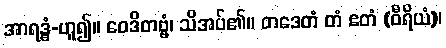
အာရဒ္ဓံ-ဟူ၍။ ဝေဒိတဗ္ဗံ၊ သိအပ်၏။ တဒေတံ တံ ဧတံ (ဝီရိယံ)၊